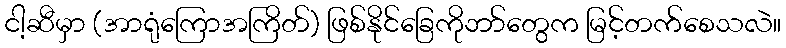
ငါ့ဆီမှာ (အာရုံကြောအကြိတ်) ဖြစ်နိုင်ခြေကိုဘာ်တွေက မြင့်တက်စေသလဲ။